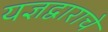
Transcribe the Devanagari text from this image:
यज्ञद्वाराचे